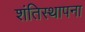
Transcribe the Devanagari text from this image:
शंतिस्थापना